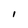
Character: 1